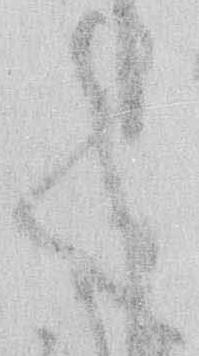
く